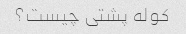
کوله پشتی چیست؟